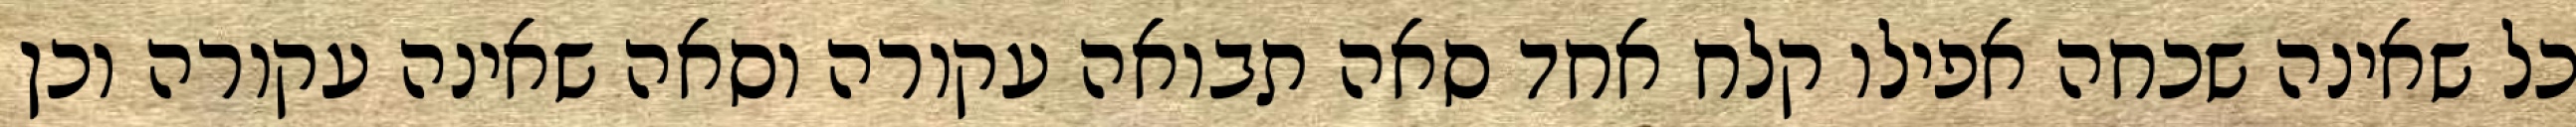
כל שאינה שכחה אפילו קלח אחד סאה תבואה עקורה וסאה שאינה עקורה וכן